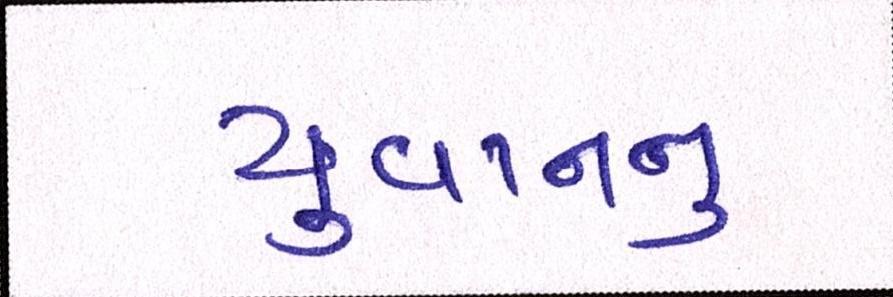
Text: યુવાનનુ